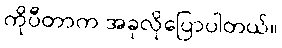
ကိုပီတာက အခုလိုပြောပါတယ်။